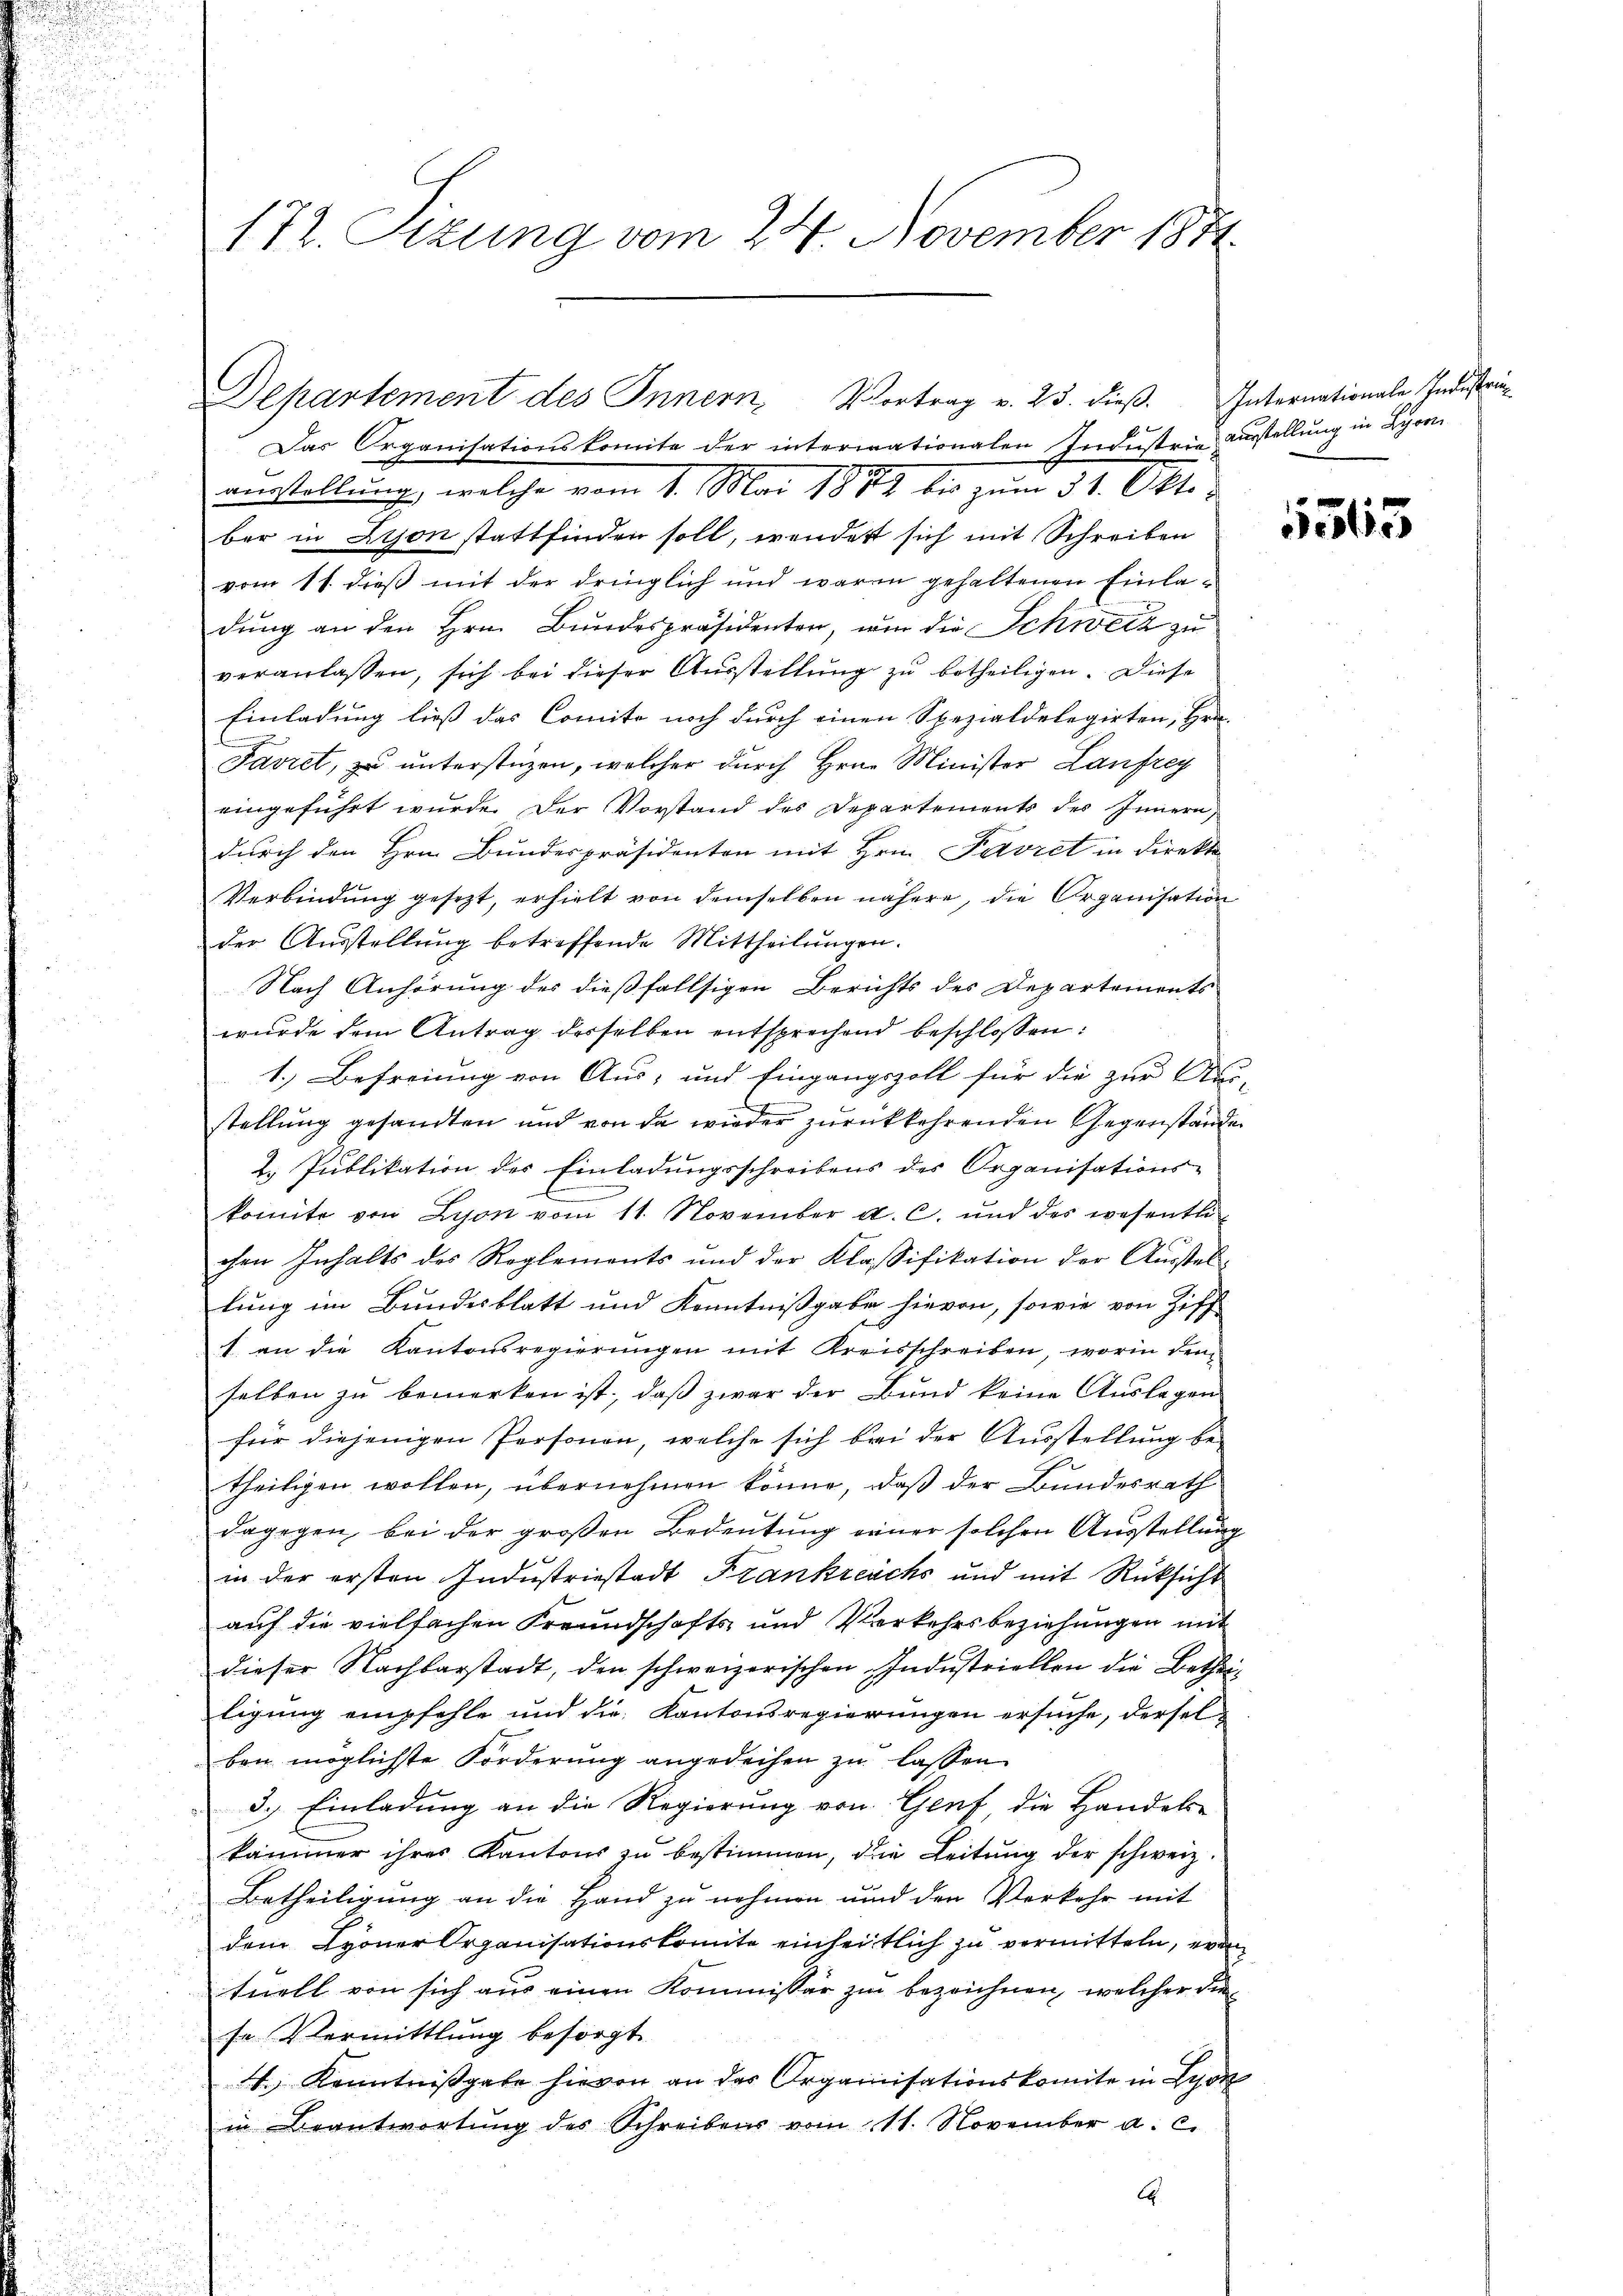
172. Sizung vom 24. November 1871

Das Organisationskomite der intermationalen Industrie ausstellung in Lyon
austellung, welche vom 1. Mai 1872 bis zum 31. Oktober in Lyon stattfinden soll, wendert sich mit Schreiben
vom 11. dieß mit der dringlich und waren gehaltenen Einladung an den Hrn. Bundespräsidenten, um die Schweiz zu
veranlassen, sich bei dieser Ausstellung zu betheiligen. Diese
Einladung ließ das Comite noch durch einen Spezialdelegirten, Hrn.
Favret, zu unterstüzen, welcher durch Hrn. Minister Laufreg
eingeführt wurde. Der Vorstand des Departements des Innern,
durch den Hrn. Bundespräsidenten mit Hrn. Favret in Direkt
Verbindung gesetzt, erhielt von demselben nähere, die Organisation
der Ausstellung betreffende Mittheilungen.
Nach Anhörung des dießfallsigen Berichts des Departements
wurde dem Antrag desselben entsprechend beschlossen:
1. Befreiung von Aus; und Eingangszoll für die zur Aus-
stellung gesandten und von da wieder zurückkehrenden Gegenstände
2. Publikation des Einladungsschreibens des Organisations-
r
komite von Lyon vom 11. November a. c. und des wesentli-
chen Inhalts des Reglements und der Klassifikation der Ausstellung im Bundesblatt und Kenntnißgabe hievon, sowie von Ziff
1. an die Kantonsregierungen mit Kreisschreiben, worin den
selben zu bemerken ist, daß zwar der Bund keine Auslagen
für diejenigen Personen, welche sich bei der Ausstellung betheiligen wollen, übernehmen könne, daß der Bundesrath
dagegen bei der großen Bedeutung einer solchen Ausstellung
in der ersten Industriestadt Frankreichs und mit Rücksicht
auf die vielfachen Freundschafts- und Verkehrsbeziehungen mit
dieser Nachbarstadt, den schweizerischen Indŭstriellen die Betheiligung empfehle und die Kantonsregierungen ersuche, derselben möglichste Forderung angedeihen zŭ lassen
3.) Einladung an die Regierung von Genf, die Handels-
kämmer ihres Kantons zu bestimmen, die Leitung der schweiz.
Betheiligung an die Hand zu nehmen und den Verkehr mit
dem Lyoner Organisationskomite einheitlich zu vermitteln, eva
tuell von sich aus einen Kommissär zur bezeichnen, welcher die
se Vermittlung besorgt.
4.) Kenntnißgabe hievon an der Organisationskomite in Lyon
in Beantwortŭng des Schreibens vom 11. November a. c.
A

Departement des Innern, Vortrag v. 23. dieß. Internationale Industri

565